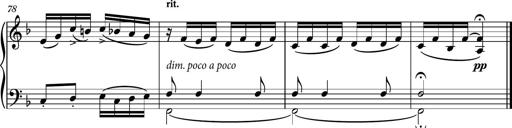
Title: Piano Sonatina II
Composer: Dimitri Sykias
Key: F major